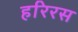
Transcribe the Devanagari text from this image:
हरिरस